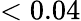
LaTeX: <0.04